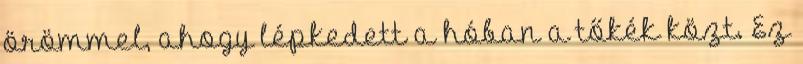
örömmel, ahogy lépkedett a hóban a tőkék közt. Ez